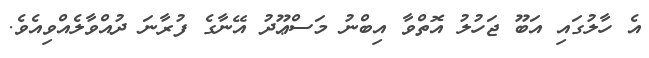
އެ ހާލުގައި އަބޫ ޖަހުލު އޮތްވާ އިބްނު މަސްޢޫދު އޭނާގެ ފުރާނަ ދުއްވާލެއްވިއެވެ.